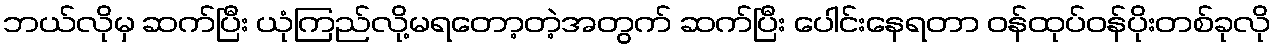
ဘယ်လိုမှ ဆက်ပြီး ယုံကြည်လို့မရတော့တဲ့အတွက် ဆက်ပြီး ပေါင်းနေရတာ ဝန်ထုပ်ဝန်ပိုးတစ်ခုလို